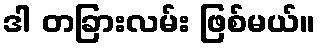
ဒါ တခြားလမ်း ဖြစ်မယ်။